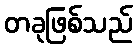
တခုဖြစ်သည်